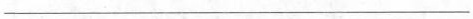
___